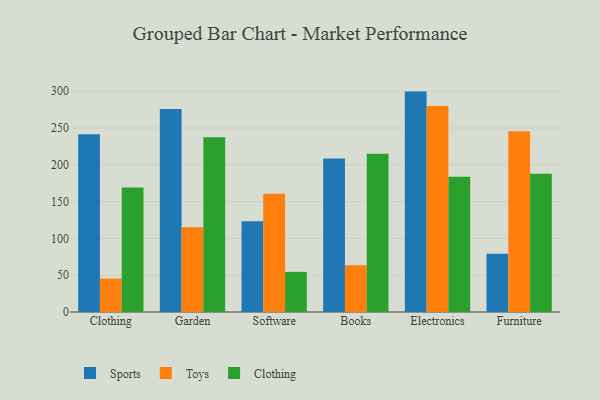
{"axis": {"x": "Category", "y": "Bounce Rate (%)"}, "legend": ["Clothing", "Sports", "Toys"], "data": [{"x": "Clothing", "y": 241.5, "type": "Sports"}, {"x": "Clothing", "y": 45.5, "type": "Toys"}, {"x": "Clothing", "y": 169.2, "type": "Clothing"}, {"x": "Garden", "y": 275.9, "type": "Sports"}, {"x": "Garden", "y": 115.2, "type": "Toys"}, {"x": "Garden", "y": 237.4, "type": "Clothing"}, {"x": "Software", "y": 123.4, "type": "Sports"}, {"x": "Software", "y": 160.8, "type": "Toys"}, {"x": "Software", "y": 54.5, "type": "Clothing"}, {"x": "Books", "y": 208.5, "type": "Sports"}, {"x": "Books", "y": 63.5, "type": "Toys"}, {"x": "Books", "y": 214.9, "type": "Clothing"}, {"x": "Electronics", "y": 299.5, "type": "Sports"}, {"x": "Electronics", "y": 279.8, "type": "Toys"}, {"x": "Electronics", "y": 183.9, "type": "Clothing"}, {"x": "Furniture", "y": 79.2, "type": "Sports"}, {"x": "Furniture", "y": 245.7, "type": "Toys"}, {"x": "Furniture", "y": 187.9, "type": "Clothing"}]}